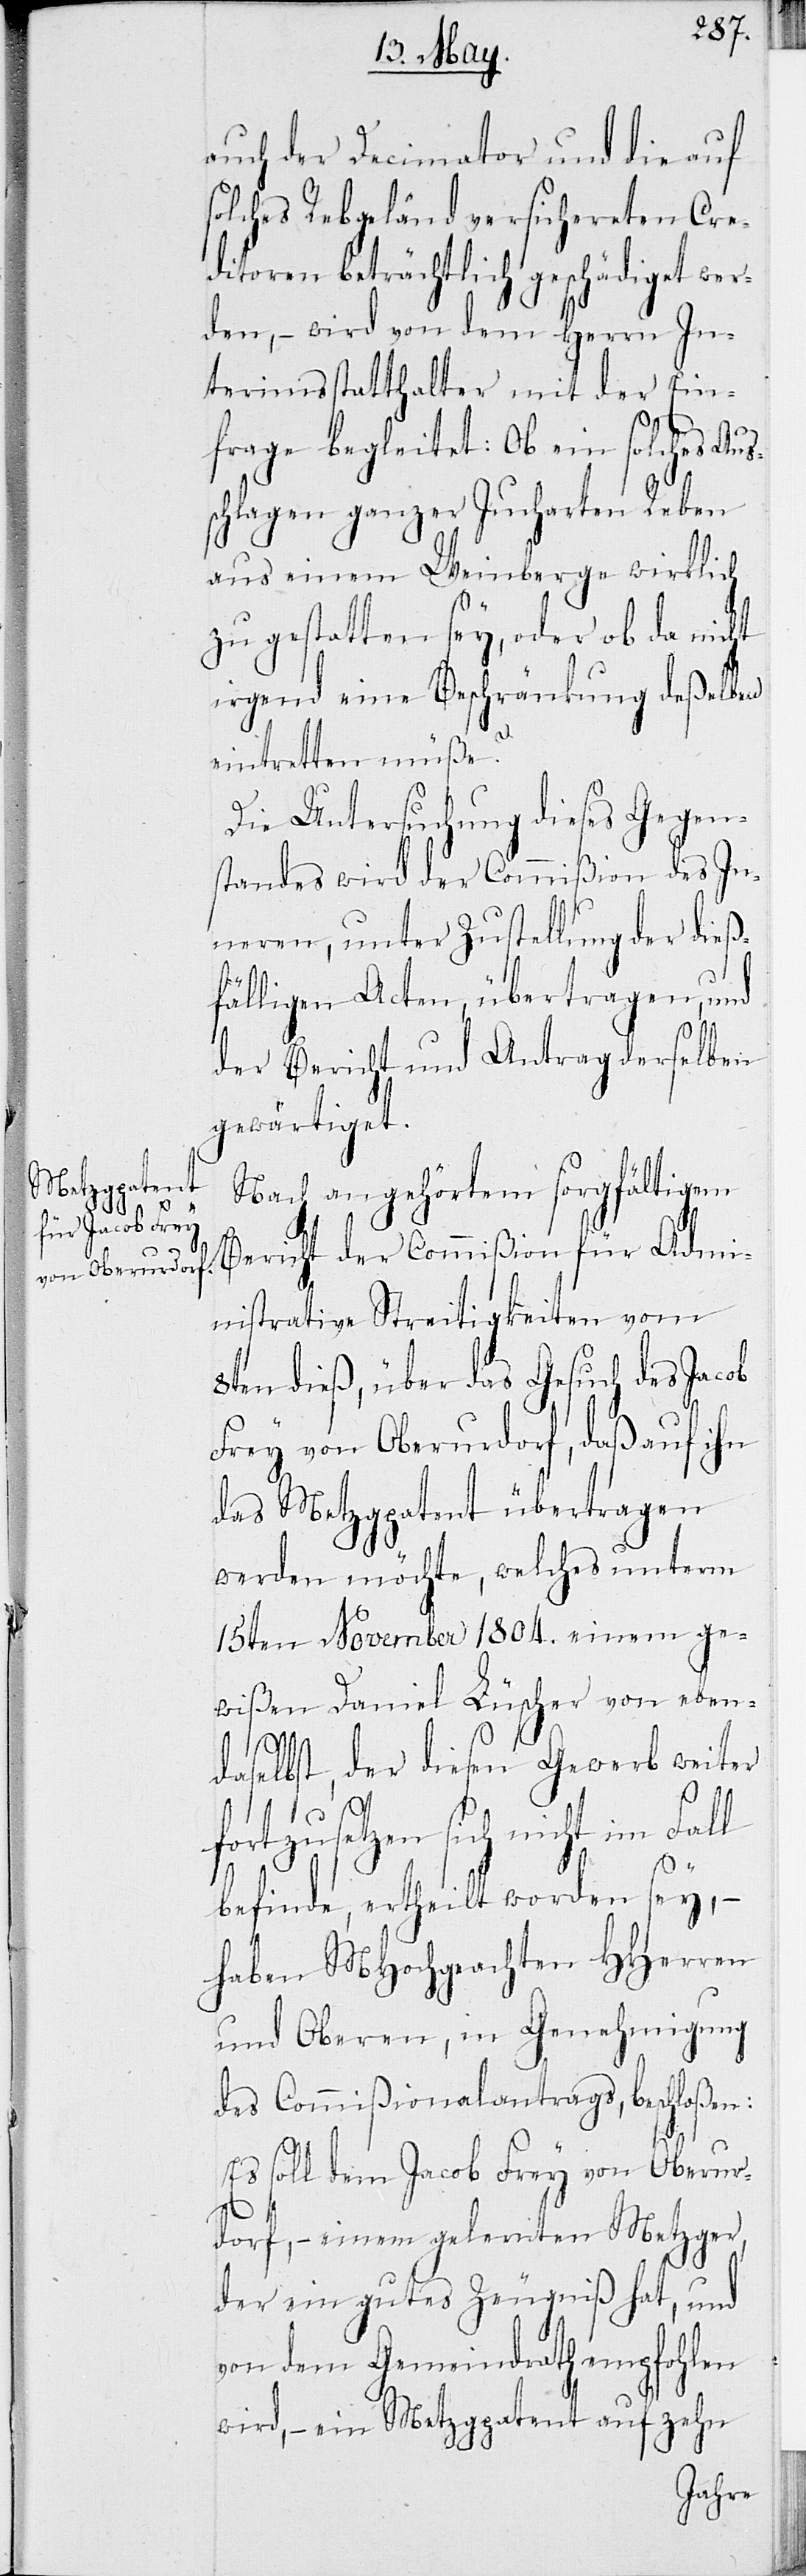
auch der Decimator und die auf
solches Rebgeländ versicherten Cre¬
ditoren beträchtlich geschädiget wer¬
den, – wird von dem Herrn In¬
terimsstatthalter mit der Ein¬
frage begleitet: Ob ein solches Aus¬
schlagen ganzer Jucharten Reben
aus einem Weinberge wirklich
zu gestatten sey, oder ob da nicht
irgend eine Beschränkung deßelben
eintretten müße.
Die Untersuchung dieses Gegen¬
standes wird der Commißion des In¬
neren, unter Zustellung der dieß¬
fälligen Acten, übertragen, und
der Bericht und Antrag derselben
gewärtiget.
Nach angehörtem sorgfältigem
Bericht der Commißion für Admi¬
nistrative Streitigkeiten vom
8ten dieß, über das Gesuch des Jacob
Frey von Oberurdorf, daß auf ihn
das Metzgpatent übertragen
werden möchte, welches unterm
15ten November 1804. einem ge¬
wißen Daniel Lüscher von eben¬
daselbst, der diesen Gewerb weiter
fortzusetzen sich nicht im Fall
befinde, ertheilt worden sey, –
haben MHochgeachten HHerren
und Oberen, in Genehmigung
des Commißionalantrags, beschloßen:
Es soll dem Jacob Frey von Oberur¬
dorf, – einem gelernten Metzger,
der ein gutes Zeugniß hat, und
von dem Gemeindrath empfohlen
wird, – ein Metzgpatent auf zehn